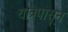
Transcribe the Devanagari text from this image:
यात्रेपासून